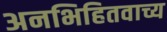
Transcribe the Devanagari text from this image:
अनभिहितवाच्य